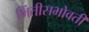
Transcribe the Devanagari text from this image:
भिंतीसभोवती